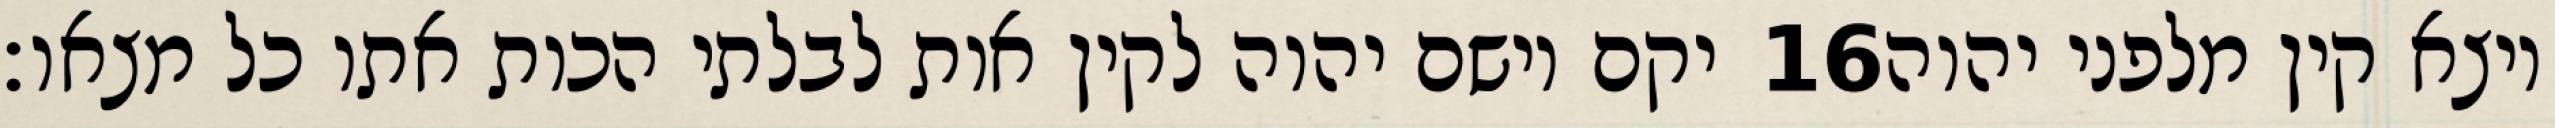
יקם וישם יהוה לקין אות לבלתי הכות אתו כל מצאו׃ ‎16‏ ויצא קין מלפני יהוה